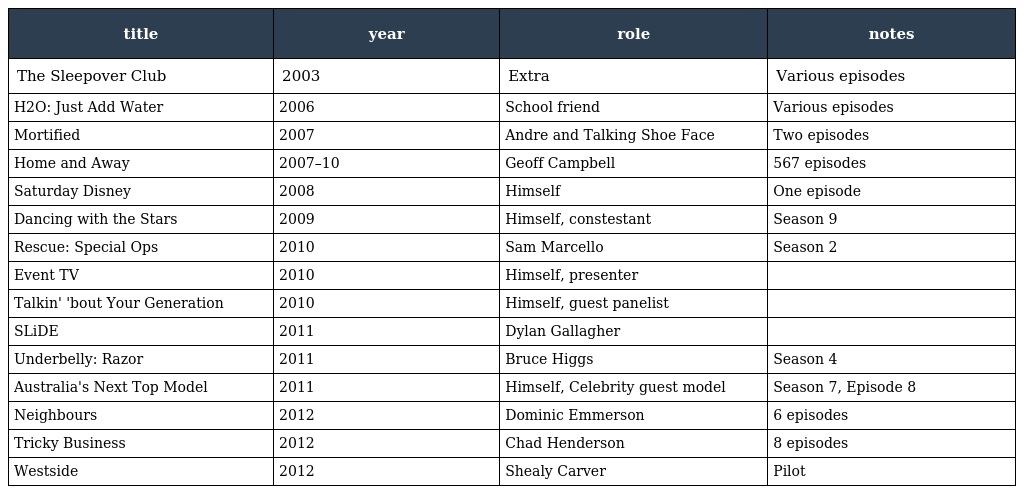
| title | year | role | notes |
 | --- | --- | --- | --- |
 | The Sleepover Club | 2003 | Extra | Various episodes |
 | H2O: Just Add Water | 2006 | School friend | Various episodes |
 | Mortified | 2007 | Andre and Talking Shoe Face | Two episodes |
 | Home and Away | 2007–10 | Geoff Campbell | 567 episodes |
 | Saturday Disney | 2008 | Himself | One episode |
 | Dancing with the Stars | 2009 | Himself, constestant | Season 9 |
 | Rescue: Special Ops | 2010 | Sam Marcello | Season 2 |
 | Event TV | 2010 | Himself, presenter |  |
 | Talkin' 'bout Your Generation | 2010 | Himself, guest panelist |  |
 | SLiDE | 2011 | Dylan Gallagher |  |
 | Underbelly: Razor | 2011 | Bruce Higgs | Season 4 |
 | Australia's Next Top Model | 2011 | Himself, Celebrity guest model | Season 7, Episode 8 |
 | Neighbours | 2012 | Dominic Emmerson | 6 episodes |
 | Tricky Business | 2012 | Chad Henderson | 8 episodes |
 | Westside | 2012 | Shealy Carver | Pilot |